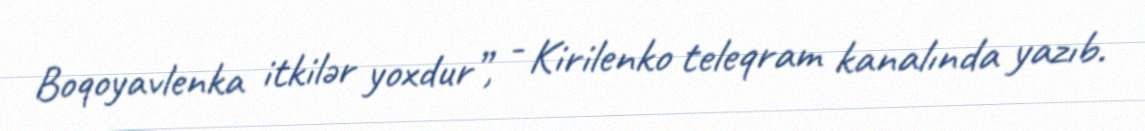
Boqoyavlenka itkilər yoxdur”, - Kirilenko teleqram kanalında yazıb.